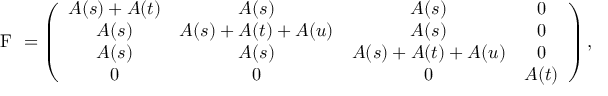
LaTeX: \mathrm { \boldmath ~ { \cal ~ F } ~ } = \left( \begin{array} { c c c c } { { A ( s ) + A ( t ) } } & { { A ( s ) } } & { { A ( s ) } } & { { 0 } } \\ { { A ( s ) } } & { { A ( s ) + A ( t ) + A ( u ) } } & { { A ( s ) } } & { { 0 } } \\ { { A ( s ) } } & { { A ( s ) } } & { { A ( s ) + A ( t ) + A ( u ) } } & { { 0 } } \\ { { 0 } } & { { 0 } } & { { 0 } } & { { A ( t ) } } \end{array} \right) ,